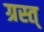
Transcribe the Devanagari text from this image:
ग्रस्त्